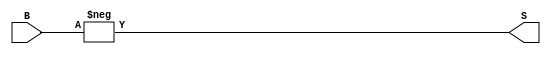
module FunctionTwo(S,B);
	input signed [7:0] B;
	output signed [7:0] S;

	assign S = -B;
endmodule